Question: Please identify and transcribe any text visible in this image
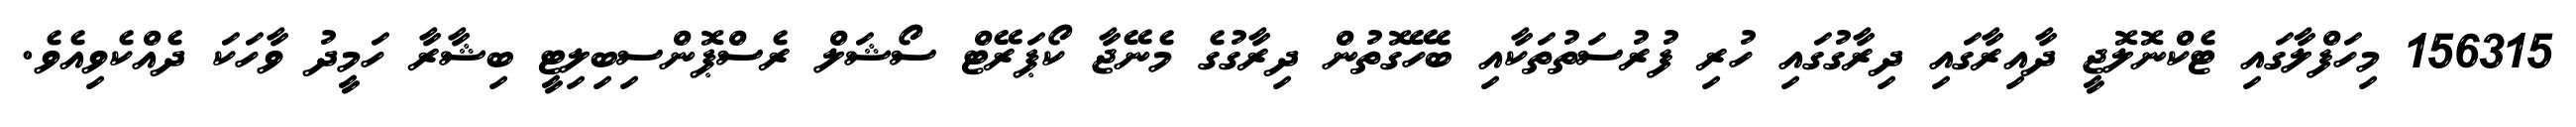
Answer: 156315 މިހަފްލާގައި ޓެކްނޮލޮޖީ ދާއިރާގައި ދިރާގުގައި ހުރި ފުރުސަތުތަކާއި ބެހޭގޮތުން ދިރާގުގެ މެނޭޖާ ކޯޕަރޭޓް ސޯޝަލް ރެސްޕޮންސިބިލިޓީ ބިޝާރާ ހަމީދު ވާހަކަ ދެއްކެވިއެވެ.